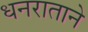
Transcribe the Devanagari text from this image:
धनराताने